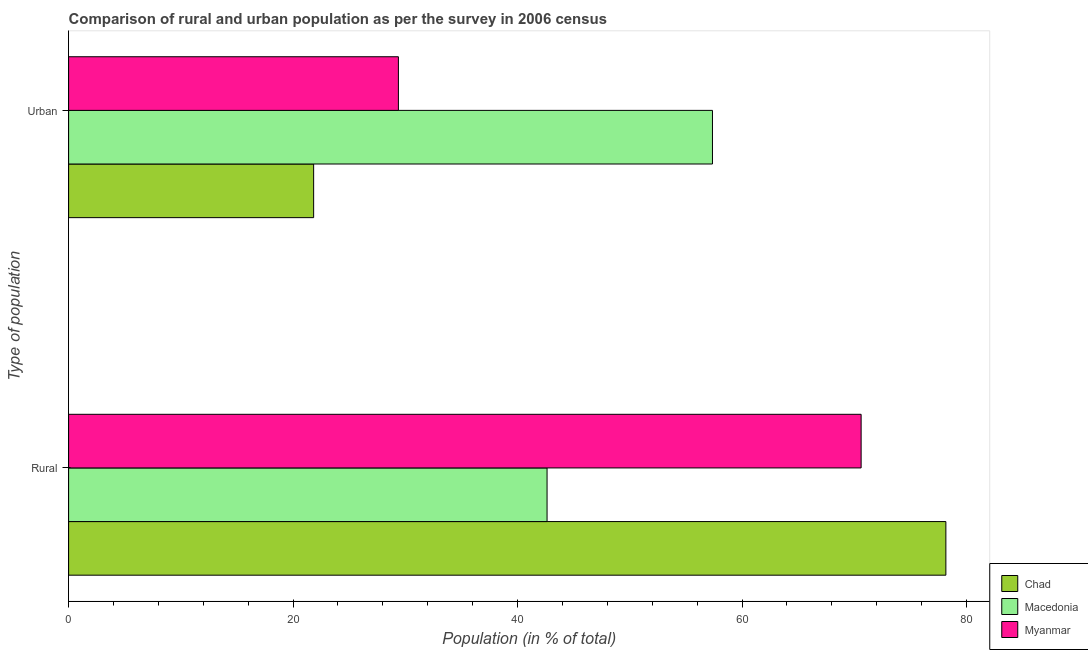
| Type of population | Chad | Macedonia | Myanmar |
 | --- | --- | --- | --- |
 | Rural | 78.2 | 42.6 | 70.6 |
 | Urban | 21.8 | 57.4 | 29.4 |